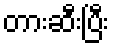
တားဆီးပြီး